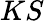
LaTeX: KS